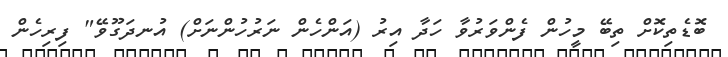
ބޮޑެތިކޮށް ތިބޭ މީހުން ފެންވަރުވާ ހަދާ އިރު (އަންހެން ނަރުހުންނަށް) އުނދަގޫވޭ" ފިރިހެން